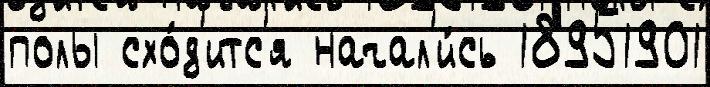
полы схо́д'итс'я начал'и́сь 18951901